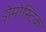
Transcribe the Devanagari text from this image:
डोमोस्टिक